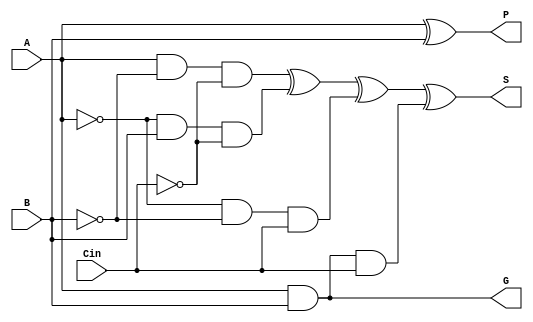
`timescale 1ns / 1ns

module add1(input A, B, Cin,
            output G, P, S);
    assign G = A & B;
    assign P = A ^ B;
    assign S = ( A & ~B & ~Cin) ^ 
               (~A &  B & ~Cin) ^ 
               (~A & ~B &  Cin) ^
               ( A &  B &  Cin);
endmodule